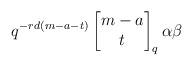
LaTeX: \begin{align*} q^{-rd(m-a-t)} \begin{bmatrix} m-a \\ t \end{bmatrix}_q \alpha \beta\end{align*}